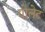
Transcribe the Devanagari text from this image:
पोलेट